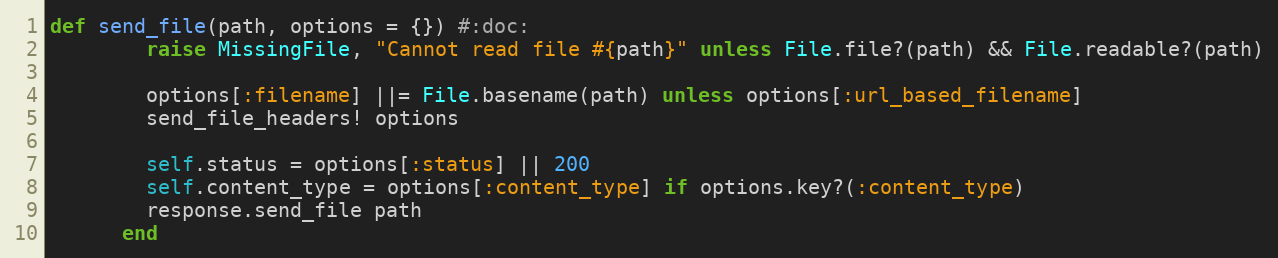
Language: Ruby
def send_file(path, options = {}) #:doc:
        raise MissingFile, "Cannot read file #{path}" unless File.file?(path) && File.readable?(path)

        options[:filename] ||= File.basename(path) unless options[:url_based_filename]
        send_file_headers! options

        self.status = options[:status] || 200
        self.content_type = options[:content_type] if options.key?(:content_type)
        response.send_file path
      end